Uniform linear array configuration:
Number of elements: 32
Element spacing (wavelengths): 0.25
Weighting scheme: kaiser
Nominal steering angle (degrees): -15
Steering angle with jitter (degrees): -13.896
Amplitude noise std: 0.05
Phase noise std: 0.05

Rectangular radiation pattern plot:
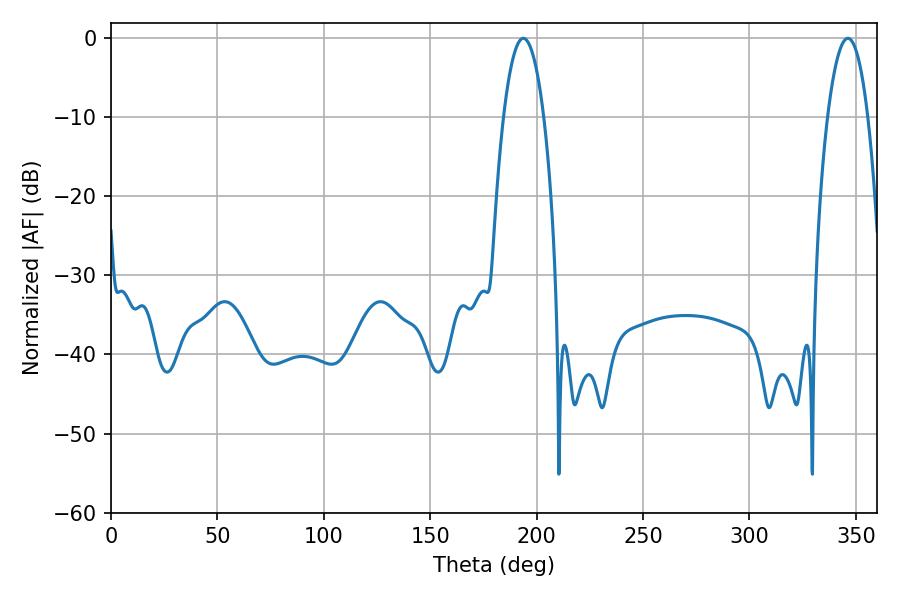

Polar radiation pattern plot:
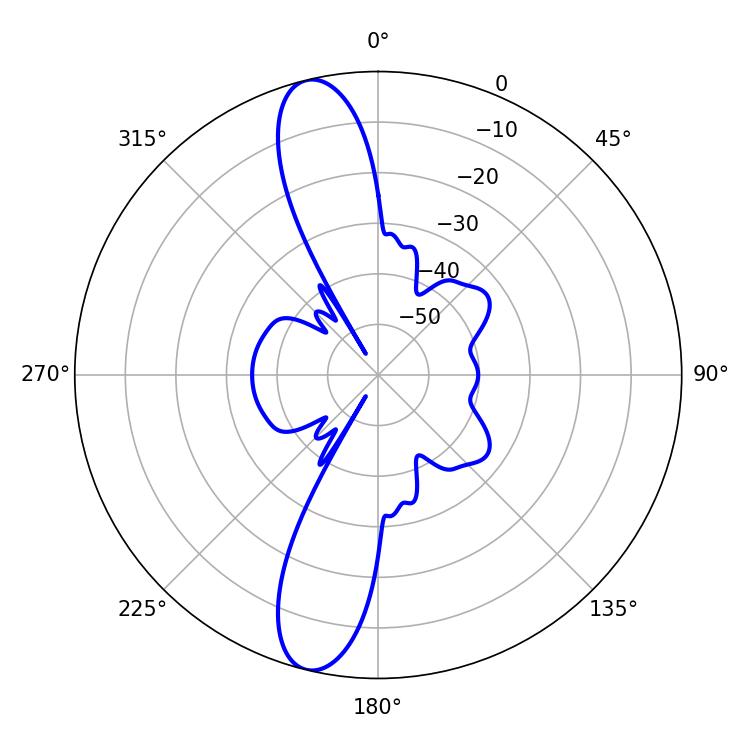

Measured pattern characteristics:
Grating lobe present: FALSE
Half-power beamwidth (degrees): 10.62
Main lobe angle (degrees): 346.32